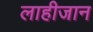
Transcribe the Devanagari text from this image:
लाहीजान